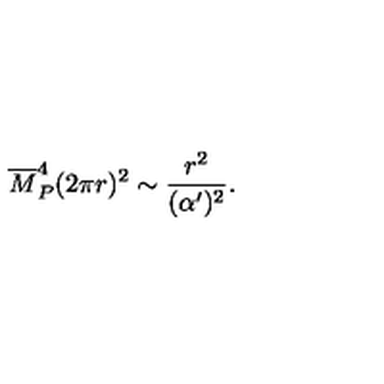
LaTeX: { \overline { M } } _ { P } ^ { 4 } ( 2 \pi r ) ^ { 2 } \sim { \frac { r ^ { 2 } } { ( \alpha ^ { \prime } ) ^ { 2 } } } .